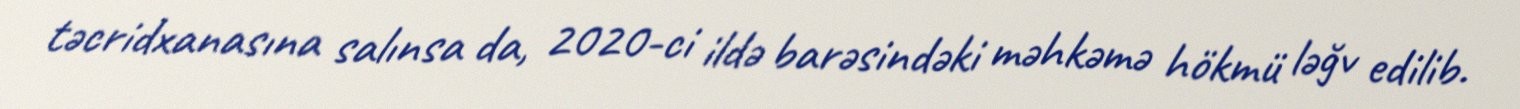
təcridxanasına salınsa da, 2020-ci ildə barəsindəki məhkəmə hökmü ləğv edilib.